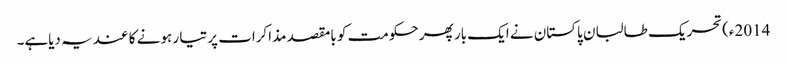
2014ء)تحریک طالبان پاکستان نے ایک بار پھر حکومت کو بامقصد مذاکرات پر تیا ر ہونے کا عندیہ دیاہے۔